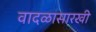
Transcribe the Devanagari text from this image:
वादळासारखी